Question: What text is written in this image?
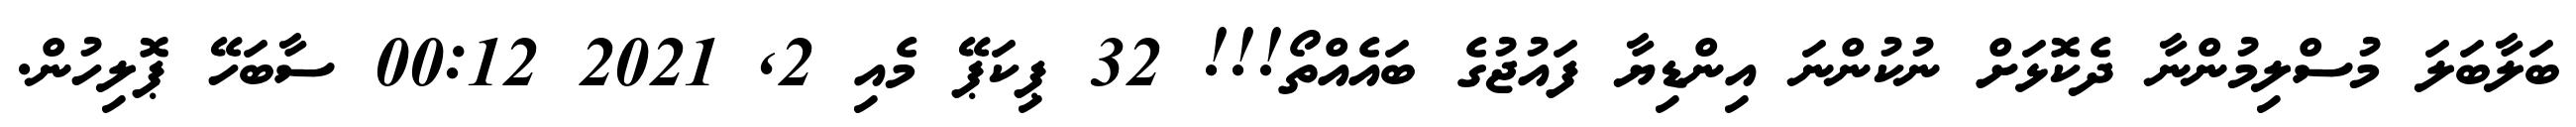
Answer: ބަލާބަލަ މުސްލިމުންނާ ދެކޮޅަށް ނުކުންނަ އިންޑިޔާ ފައުޖުގެ ބައެއްތޯ!!! 32 ޕިކަޕޭ މެއި 2, 2021 00:12 ސާބަހޭ ޕޮލިހުން.